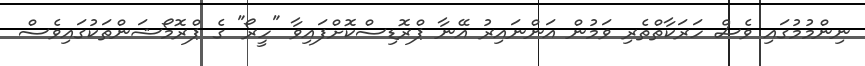
ނިންމުމުގައި ވެސް ހަރަކާތްތެރި ވަމުން އަންނައިރު އޭނާ ޕްރޮޑިސްކޮށްފައިވާ "ހީރޯ" ގެ ޕްރޮމޯޝަންތަކުގައިވެސް